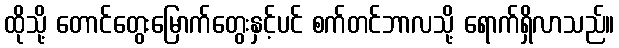
ထိုသို့ တောင်တွေးမြောက်တွေးနှင့်ပင် စက်တင်ဘာလသို့ ရောက်ရှိလာသည်။